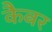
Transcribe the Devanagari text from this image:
कैबर